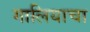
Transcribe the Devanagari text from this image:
गालियाचा